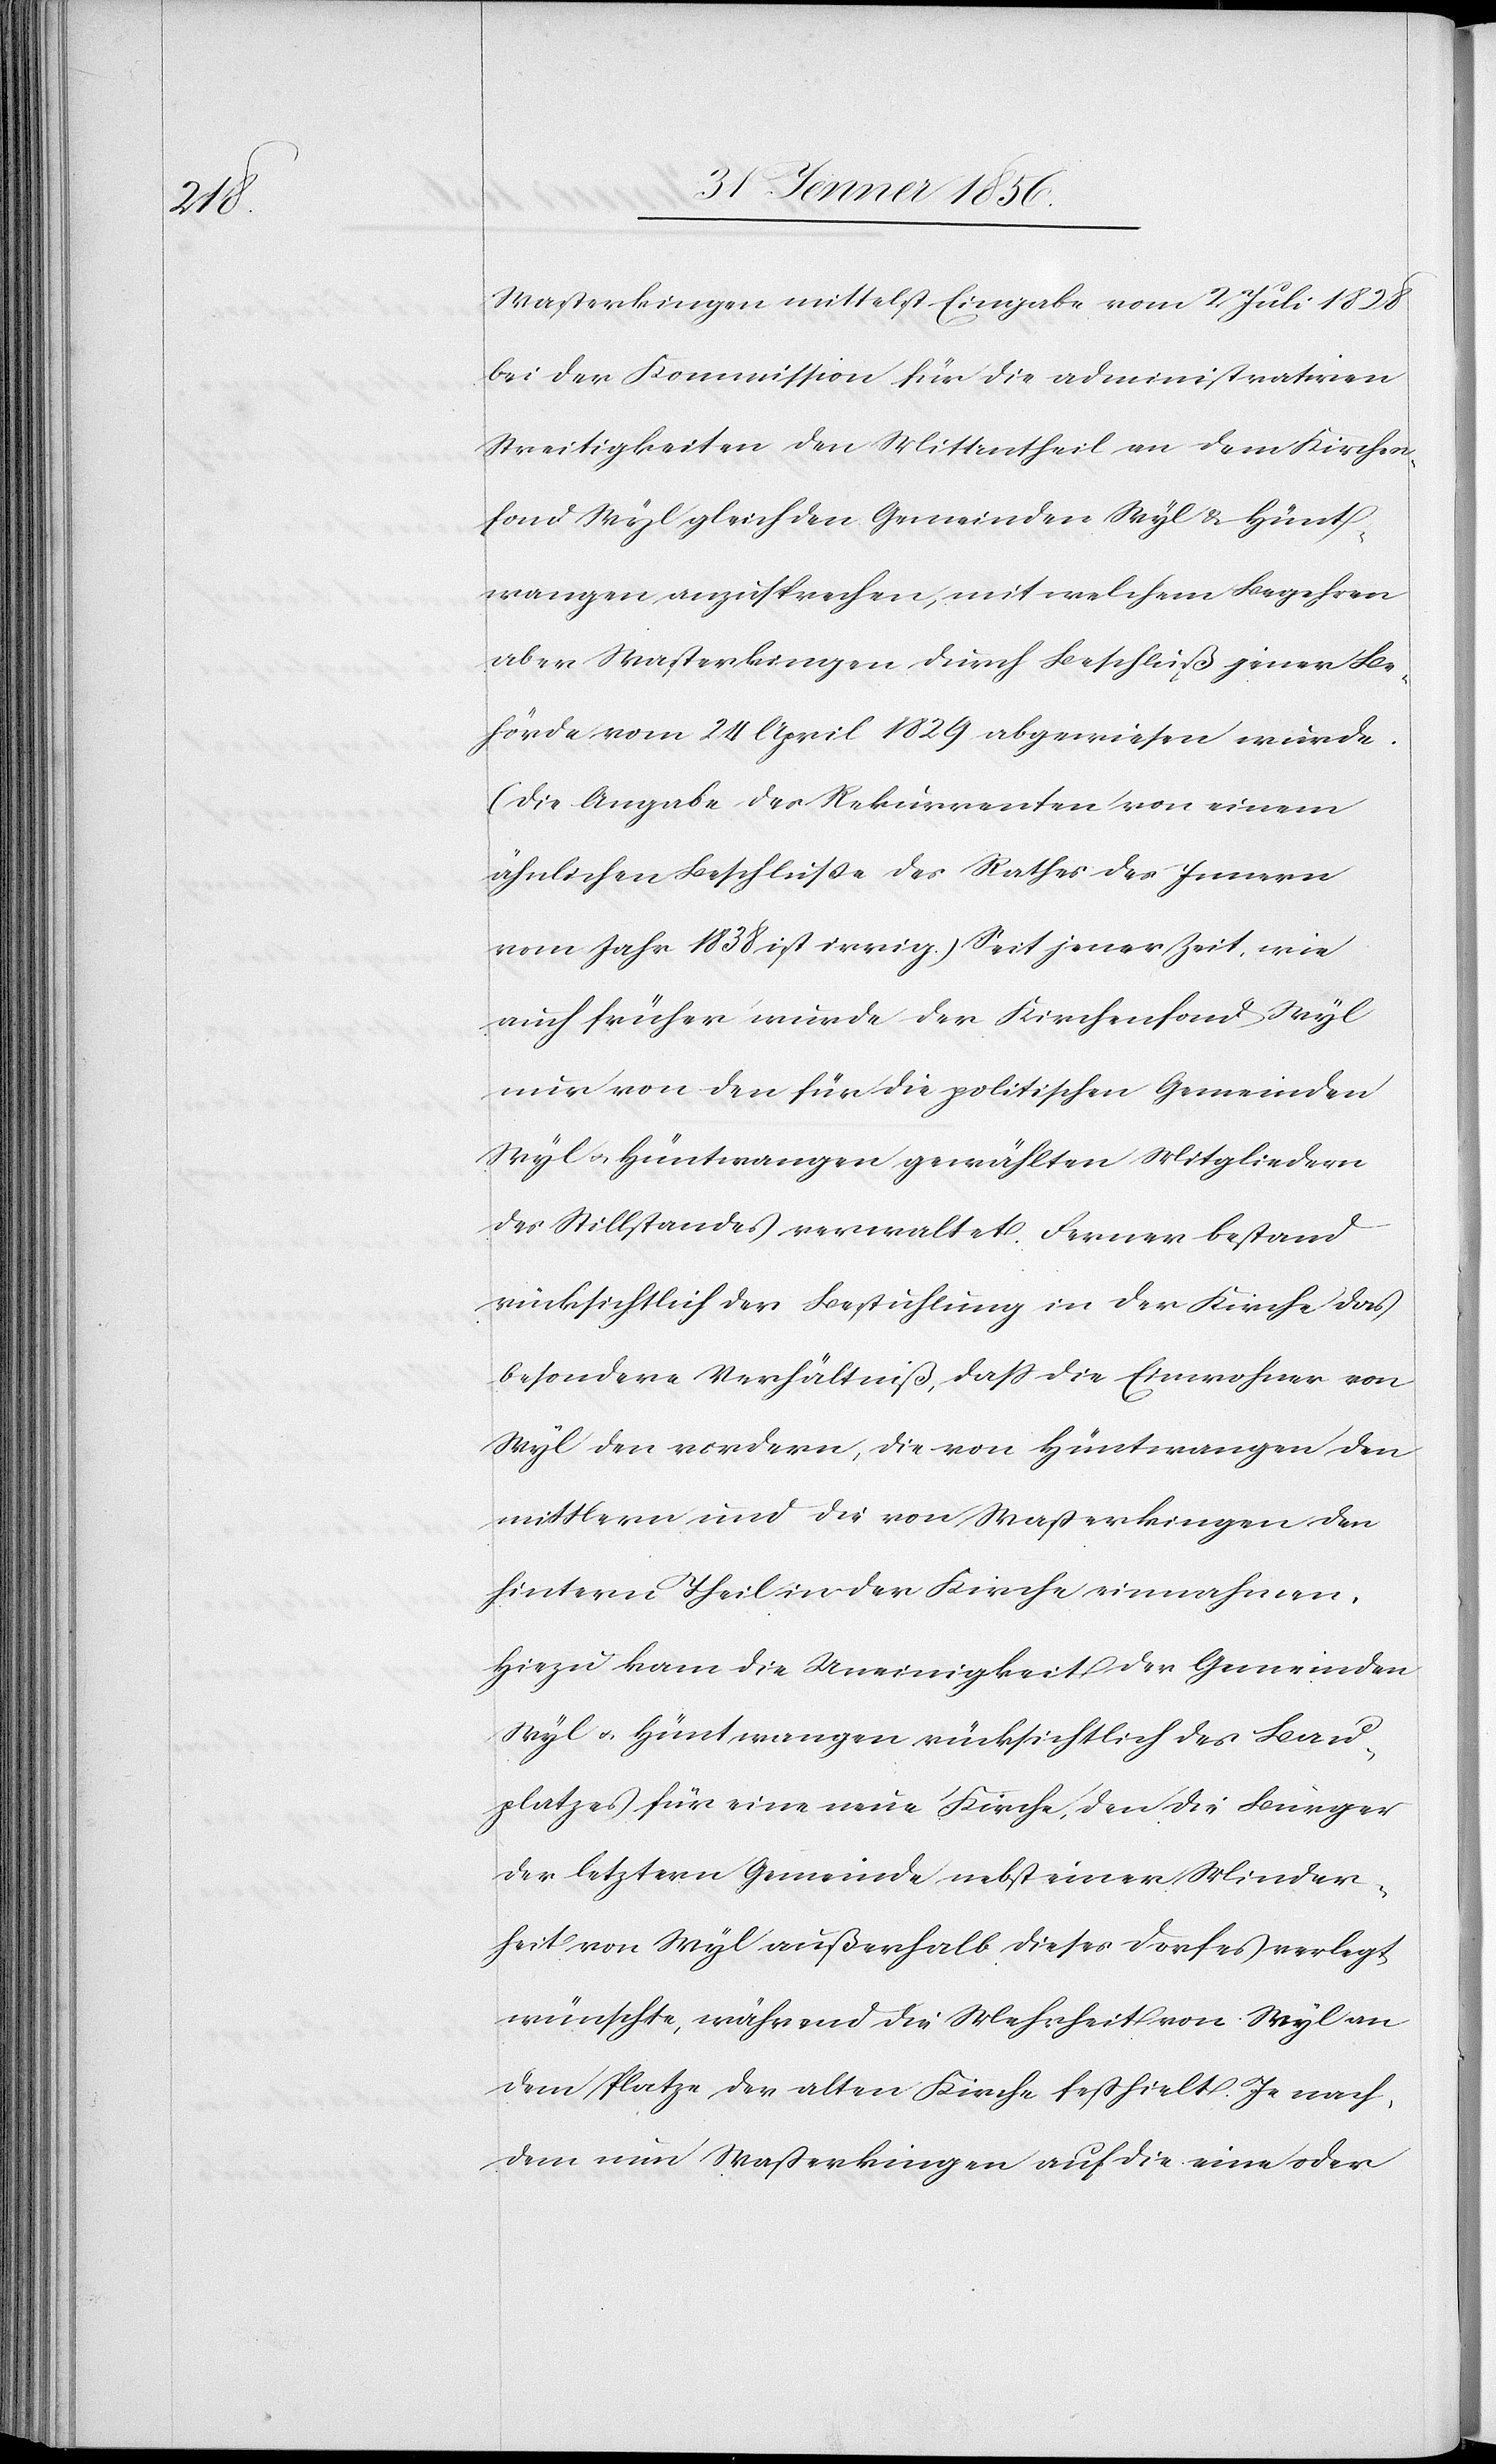
Wasterkingen mittelst Eingabe vom 2 Juli 1828
bei der Kommission für die administrativen
Streitigkeiten den Mittentheil an dem Kirchen¬
fond Wyl gleich den Gemeinden Wyl & Hünt¬
wangen anzusprechen, mit welchem Begehren
aber Wasterkingen durch Beschluß jener Be¬
hörde vom 24 April 1829 abgewiesen wurde.
(Die Angabe der Rekurrenten von einem
ähnlichen Beschluße des Rathes des Innern
vom Jahr 1838 ist irrig.) Seit jener Zeit, wie
auch früher wurde der Kirchenfond Wyl
nur von den für die politischen Gemeinden
Wyl u. Hüntwangen gewählten Mitgliedern
des Stillstandes verwaltet. Ferner bestand
rücksichtlich der Bestuhlung in der Kirche das
besondere Verhältniß, daß die Einwohner von
Wyl den vordern, die von Hüntwangen den
mittlern und die von Wasterkingen den
hintern Theil in der Kirche einnahmen.
Hiezu kam die Uneinigkeit der Gemeinden
Wyl u. Hüntwangen rücksichtlich des Bau¬
platzes für eine neue Kirche, den die Bürger
der letztern Gemeinde nebst einer Minder¬
heit von Wyl außerhalb dieses Dorfes verlegt
wünschte, während die Mehrheit von Wyl an
dem Platze der alten Kirche festhielt. Je nach¬
dem nun Wasterkingen auf die eine oder